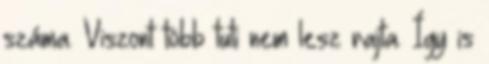
száma. Viszont több tuti nem lesz rajta. Így is